Report on the administration of the Government Cinchona Department 1892-98
Year: 1892
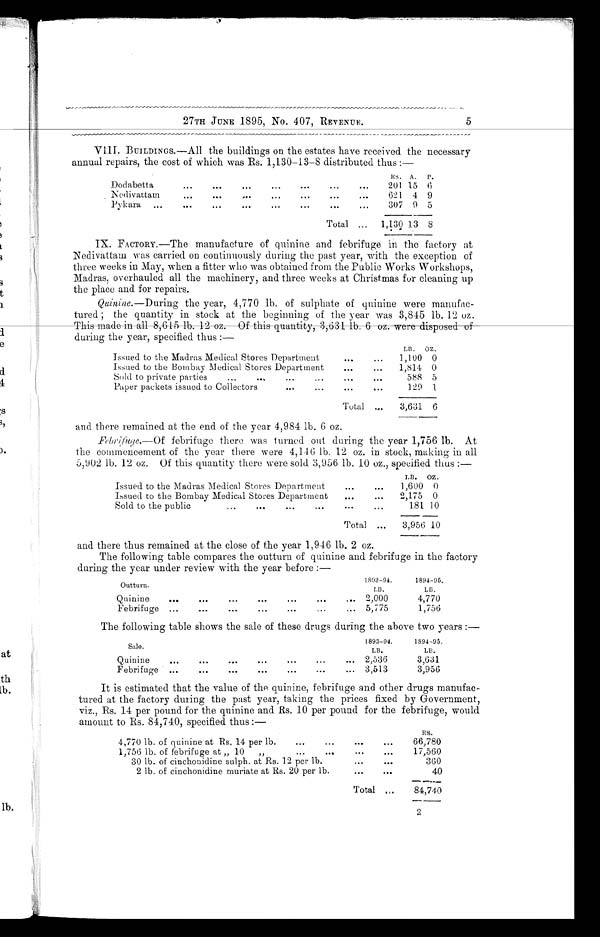
27TH JUNE 1895, No. 407, REVENUE.
5
VIII. BUILDINGS.—All the buildings on the estates have received the necessary
annual repairs, the cost of which was Rs. 1,130-13-8 distributed thus:—
A .
P .
Dodabetta
201 15 6
Nedivattam 621 4 9
Pykara 307 9 5
Total
1 , 1 3 0
1 3
8
IX. FACTORY.—The manufacture of quinine and febrifuge in the factory at
Nedivattam was carried on continuously during the past year, with the exception of
three weeks in May, when a fitter who was obtained from the Public Works Workshops,
Madras, overhauled all the machinery, and three weeks at Christmas for cleaning up
the place and for repairs.
Quinine.— During the year, 4,770 lb. of sulphate of quinine were manufac
-tured; the quantity in stock at the beginning of the year was 3,845 lb. 12 oz.This
made in all 8,615 lb. 12 oz. Of this quantity, 3,631 lb. 6 oz. were disposed of
during the year, specified thus:—
LB.
Issued to the Madras Medical Stores Department
1,100 0
Issued to the Bombay Medical Stores Department
1,814 0
Sold to private parties
588 5
Paper packets issued to Collectors
129 1
Total
3 , 6 3 1
6
and there remained at the end of the year 4,984 lb. 6 oz.
Febrifuge.— Of febrifuge there was turned out during the year 1,756 lb. At
the commencement of the year there were 4,146 lb. 12 oz. in stock, making in all
5,902 lb. 12 oz. Of this quantity there were sold 3,956 lb. 10 oz., specified thus:
—
LB. OZ.
Issued to the Madras Medical Stores Department
1,600 0
Issued to the Bombay Medical Stores Department
2,175 0
Sold to the public
181 10
Total
3 , 9 5 6
1 0
and there thus remained at the close of the year 1,946 lb. 2 oz.
The following table compares the outturn of quinine and febrifuge in the factory
during the year under review with the year before:—
1893-94.
1894-95.
Outturn.
LB. LB.
Quinine
2,000
4,770
Febrifuge
5,775
1,756
The following table shows the sale of these drugs during the above two years:
—
1893-94.
1894-95.
Sale.
LB.
LB.
Quinine
2,536
3,631
Febrifuge
3,513
3,956
It is estimated that the value of the quinine, febrifuge and other drugs manufac
- t u r e d a t t h e f a c t o r y d u r i n g t h e p a s t y e a r , t a k i n g t h e p r i c e s f i x e d b y G o v e r n m e n t ,
viz., Rs. 14 per pound for the quinine and Rs. 10 per pound for the febrifuge, would
amount to Rs. 84,740, specified thus:—
4,770 lb. of quinine at Rs. 14 per lb.
66,780
1,756 lb. of febrifuge at „ 10 „
17,560
30 lb. of cinchonidine sulph. at Rs. 12 per lb.
360
2 lb. of cinchonidine muriate at Rs. 20 per lb.
40
Total
84,740
2